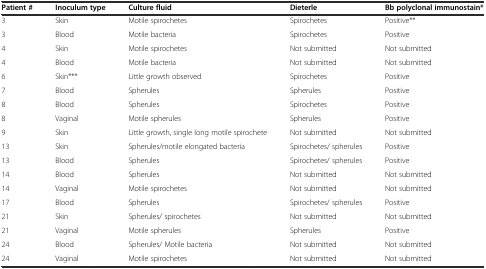
| Patient # | Inoculum type | Culture fluid | Dieterle | Bb polyclonal immunostain* |
 | --- | --- | --- | --- | --- |
 | 3 | Skin | Motile spirochetes | Spirochetes | Positive** |
 | 3 | Blood | Motile bacteria | Spirochetes | Positive |
 | 4 | Skin | Motile spirochetes | Not submitted | Not submitted |
 | 4 | Blood | Motile bacteria | Not submitted | Not submitted |
 | 6 | Skin*** | Little growth observed | Spirochetes | Positive |
 | 7 | Blood | Spherules | Spherules | Positive |
 | 8 | Blood | Spherules | Spirochetes | Positive |
 | 8 | Vaginal | Motile spherules | Spherules | Positive |
 | 9 | Skin | Little growth, single long motile spirochete | Not submitted | Not submitted |
 | 13 | Skin | Spherules/motile elongated bacteria | Spirochetes/ spherules | Positive |
 | 13 | Blood | Spherules | Spirochetes/ spherules | Positive |
 | 14 | Blood | Spherules | Not submitted | Not submitted |
 | 14 | Vaginal | Motile spirochetes | Not submitted | Not submitted |
 | 17 | Blood | Spherules | Spirochetes/ spherules | Positive |
 | 21 | Skin | Spherules/ spirochetes | Not submitted | Not submitted |
 | 21 | Vaginal | Motile spherules | Spherules | Positive |
 | 24 | Blood | Spherules/ Motile bacteria | Not submitted | Not submitted |
 | 24 | Vaginal | Motile spirochetes | Not submitted | Not submitted |